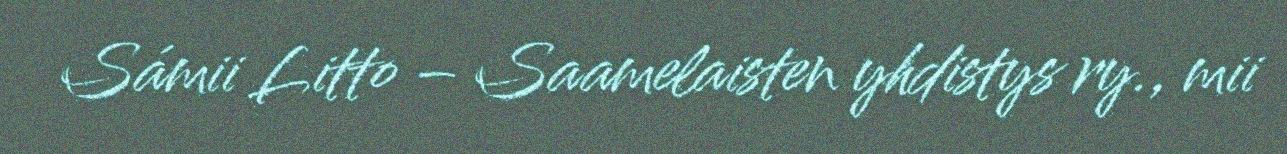
Sámii Litto – Saamelaisten yhdistys ry., mii